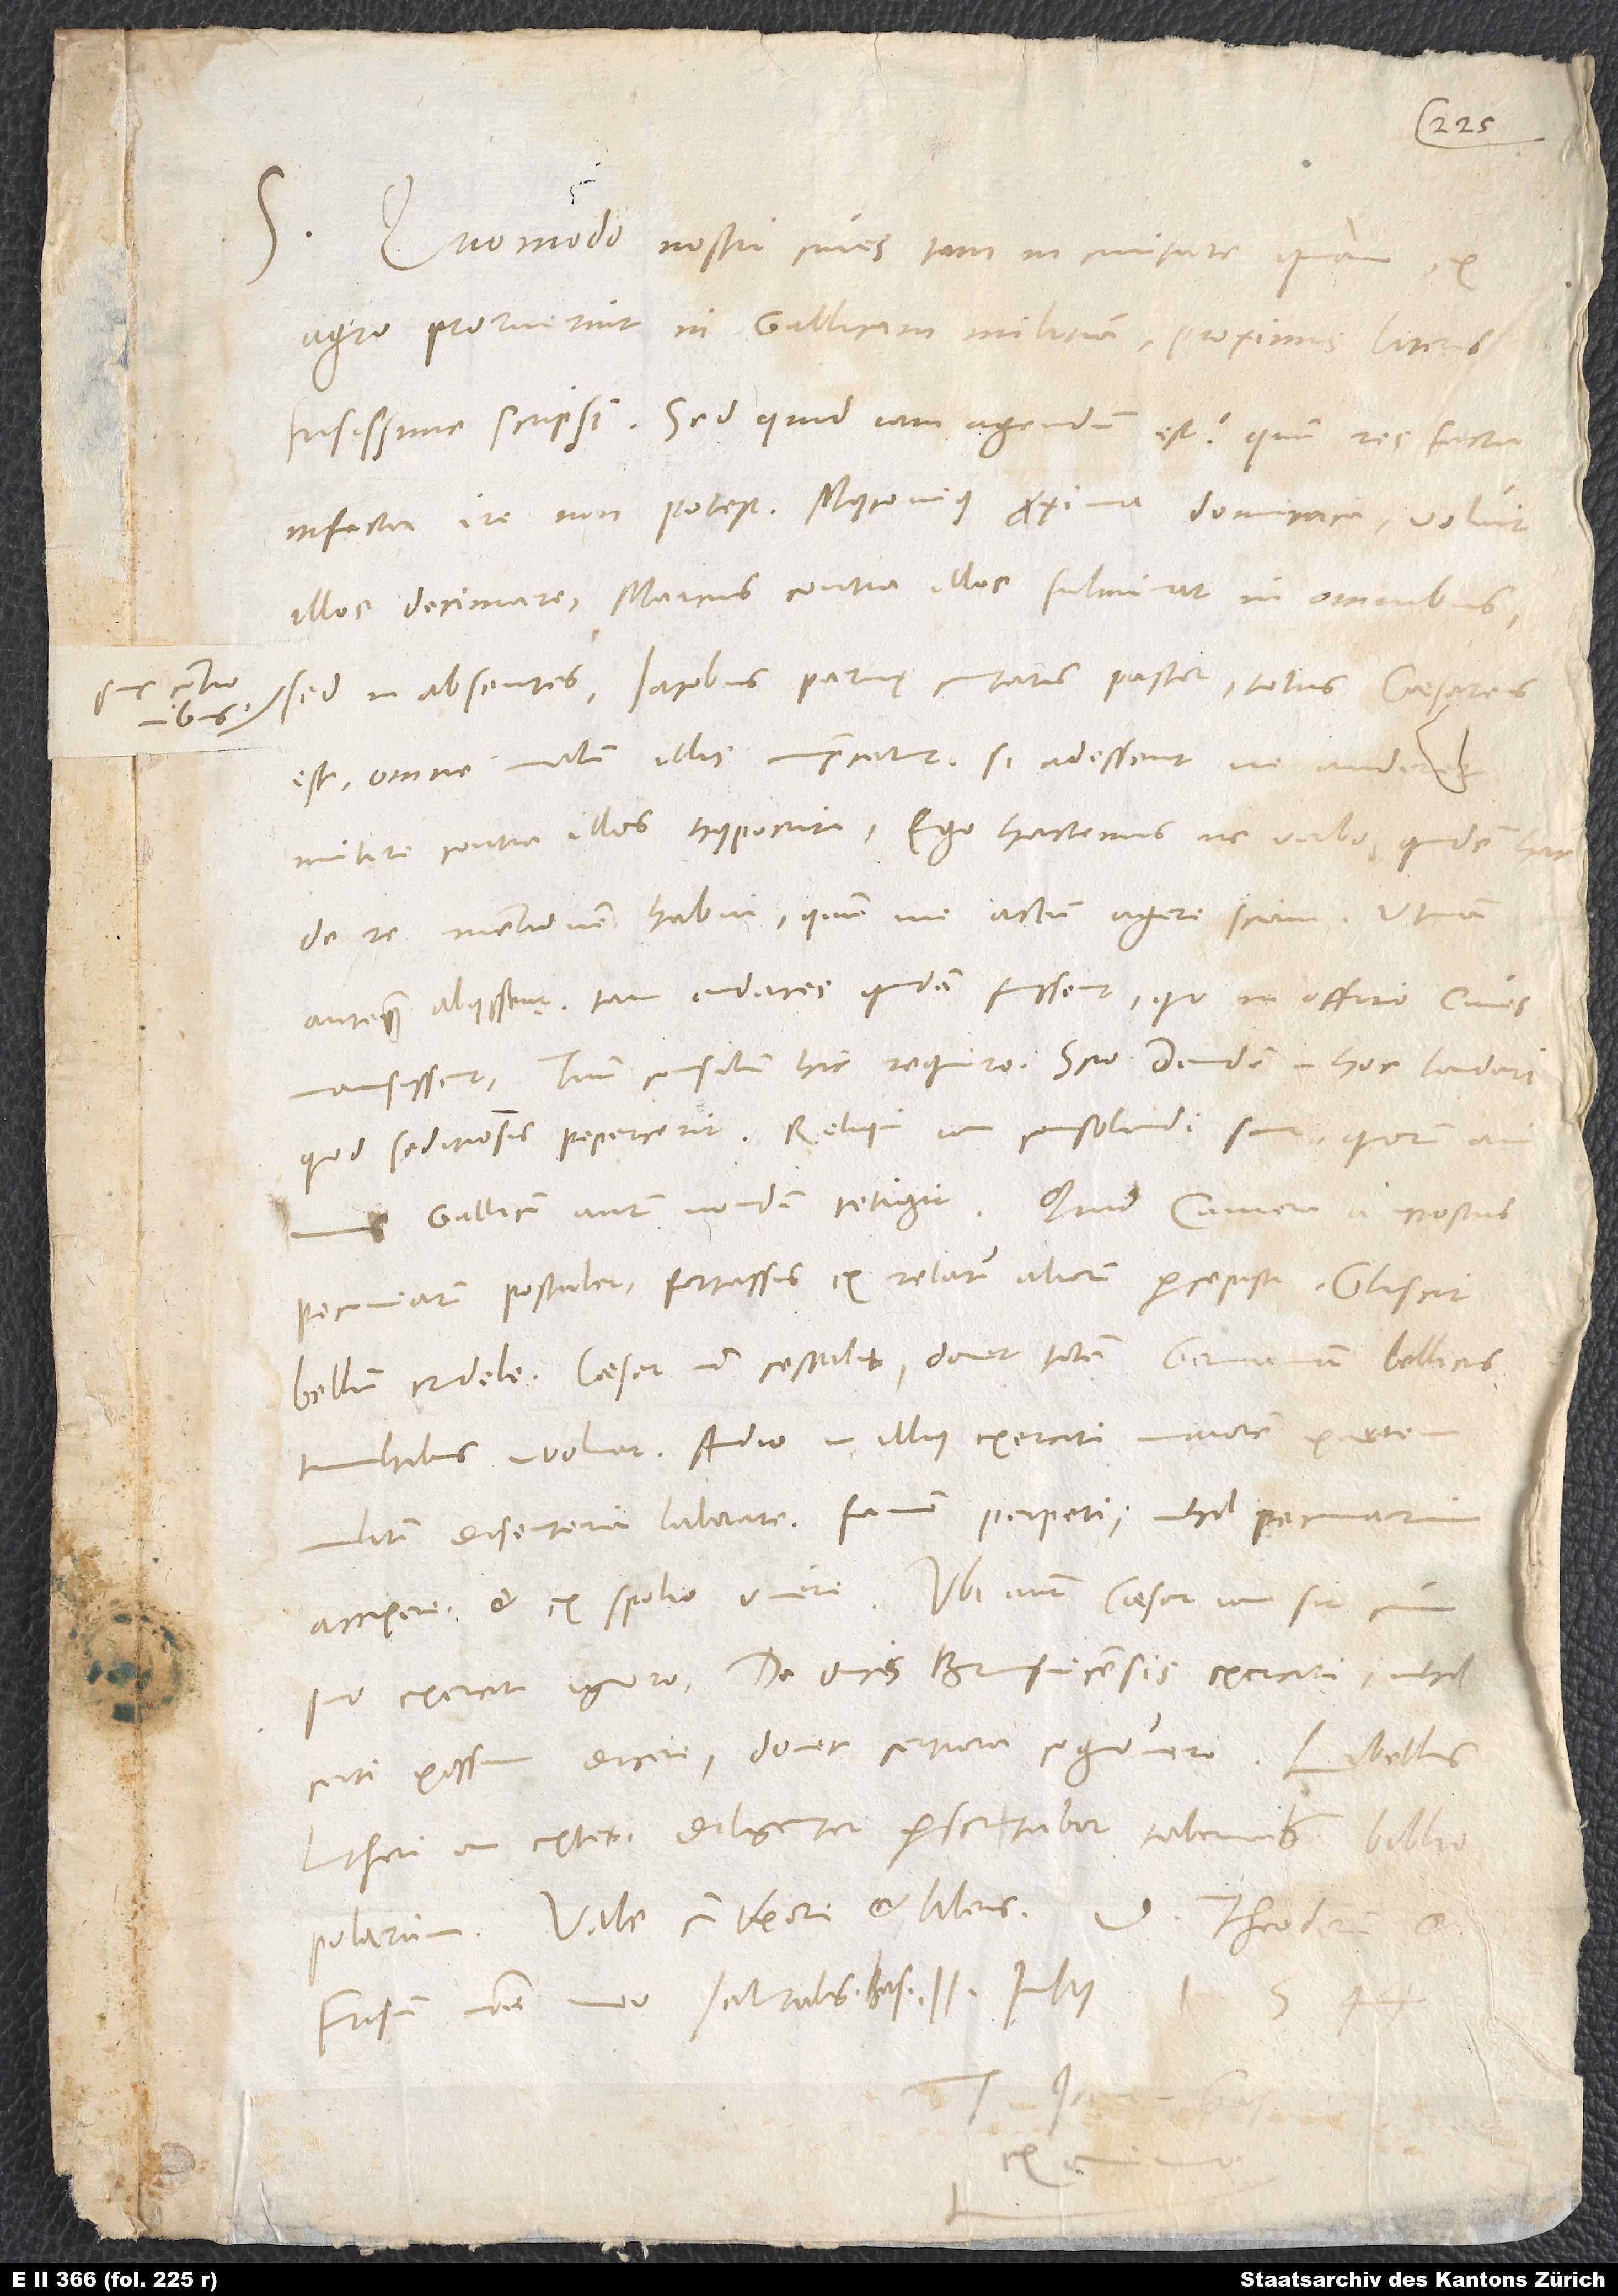
Quomodo nostri cives tam in civitate quam
agro proruerint in Gallicam militiam, proximis literis
fusissime scripsi. Sed quid iam agendum est, quum res facta
infecta iri non potest? Myconius proxima dominica voluit
illos decimare, Marcus contra illos fulminat in omnibus
sed in absentes; Iacobus, parvę civitatis pastor, totus caesareus
est, omne malum illis imprecatur; si adessent, ne auderet
de re mentionem habui, quum me actum agere sciam. Utinam,
antequam abiissent, tam audaces quidam fuissent, quo in officio cives
mansissent! Tuum consilium hic requiro. Scio Davidem in hoc laudari,
quod seditiosis pepercerit. Reliqui iam consolandi sunt, quorum animos
pecuniarum postulet, ex relatu aliorum percepisti. Gliscit
bellum crudele. Caesar non cessabit, donec totam Germaniam bellicis
tumultibus involvat. Audio in illius exercitu maiorem partem
militum disenteria laborare, famem perpeti, nihil pecuniarum
accipere et ex spolio vivere. Ubi nunc caesar iam sit cum
suo exercitu, ignoro. De ducis Brunsvicensis exercitu nihil
certi possum dicere, donec certiora cognovero.
Lutheri an extet, diligenter perscrutabor tabernas bibliopolarum.
Vale cum uxore et liberis. D. Theodorum et